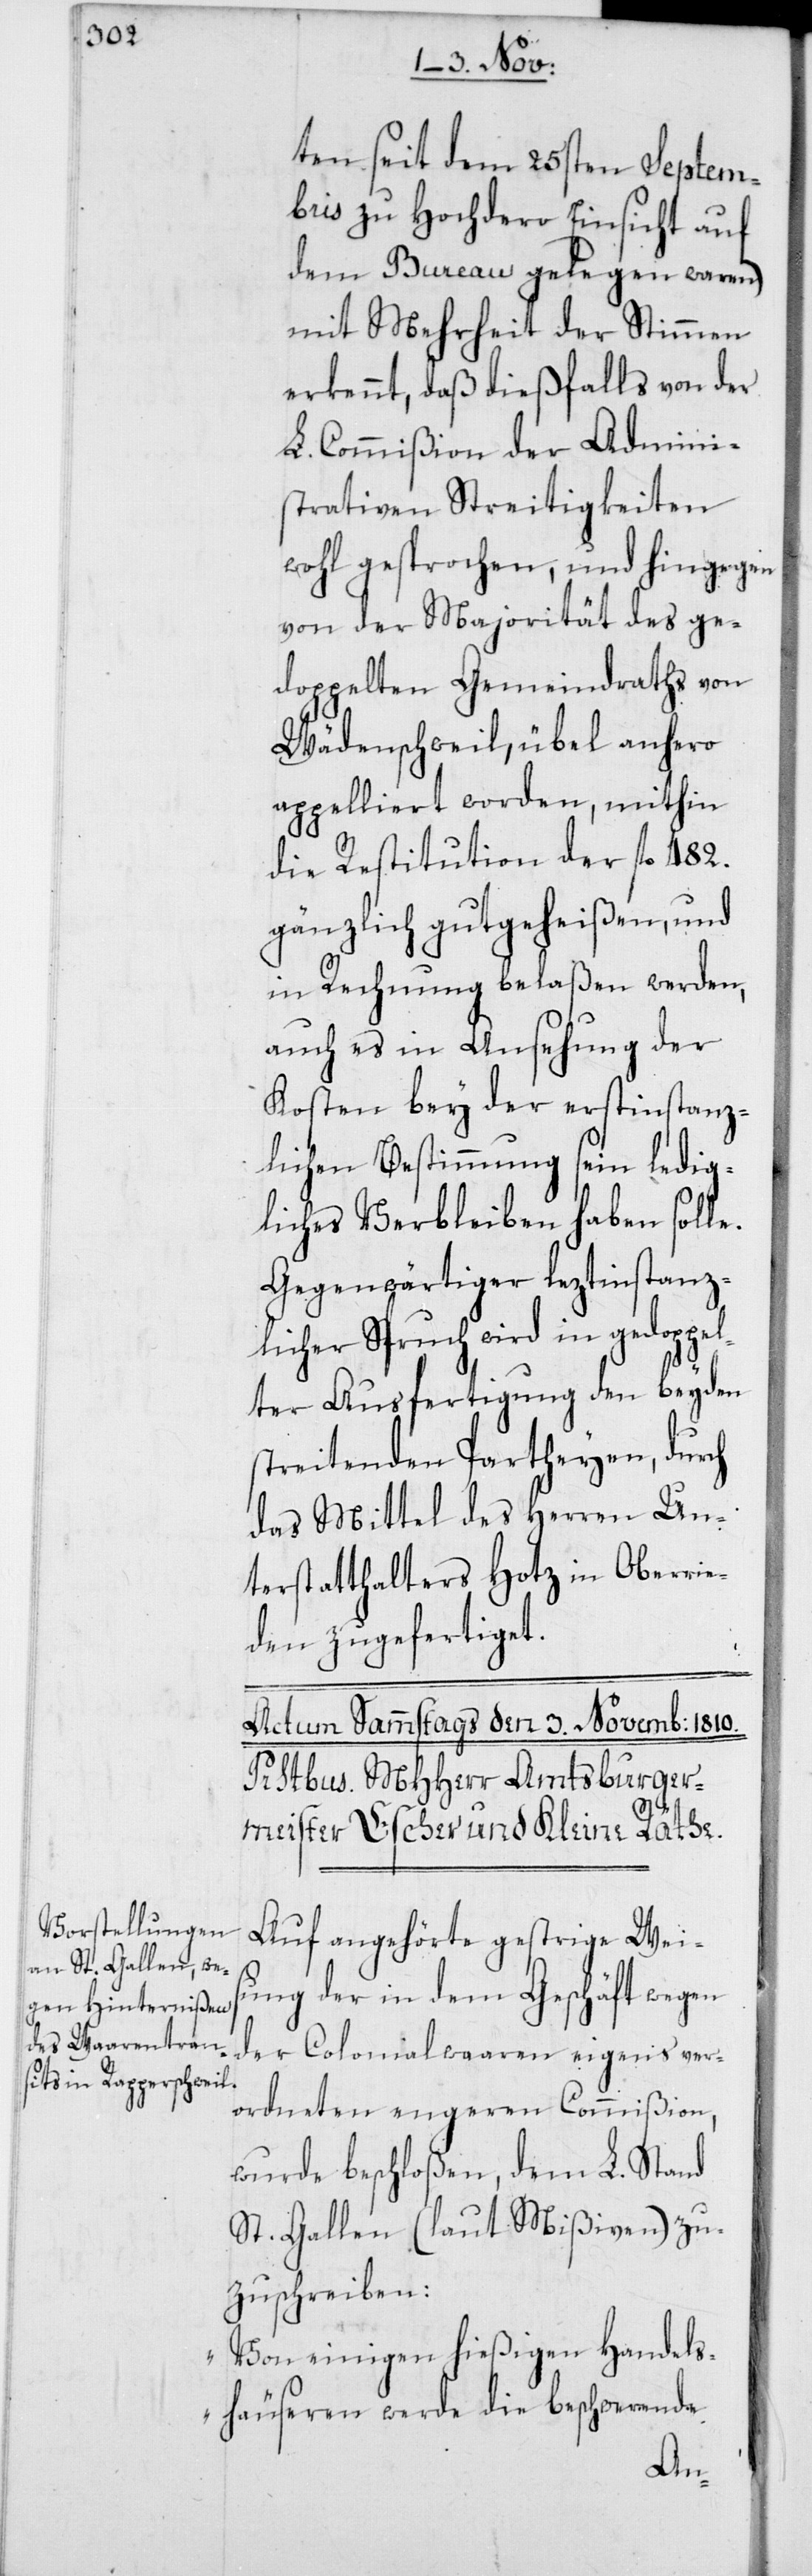
ten seit dem 25sten Septem¬
bris zu Hochdero Einsicht auf
dem Bureau gelegen waren)
mit Mehrheit der Stimmen
erkennt, daß dießfalls von der
L. Commißion der Admini¬
strativen Streitigkeiten
wohl gesprochen, und hingegen
von der Majorität des ge¬
doppelten Gemeindraths von
Wädenschweil, übel anhero
appelliert worden, mithin
die Restitution der fl. 482.
gänzlich gutgeheißen, und
in Rechnung belaßen werden,
auch es in Ansehung der
Kosten bey der erstinstanz¬
lichen Bestimmung sein ledig¬
liches Verbleiben haben solle.
Gegenwärtiger leztinstanz¬
licher Spruch wird in gedoppel¬
ter Ausfertigung den beyden
streitenden Partheyen, durch
das Mittel des Herren Un¬
terstatthalters Hotz in Oberrie¬
den zugefertiget.
Auf angehörte gestrige Wei¬
sung der in dem Geschäft wegen
der Colonialwaaren eigens ver¬
ordneten engeren Commißion,
wurde beschloßen, dem L. Stand
St. Gallen (laut Mißiven) zu¬
zuschreiben:
„Von einigen hießigen Handels¬
häuseren werde die beschwerende